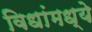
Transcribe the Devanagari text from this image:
विधांमध्ये